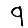
Digit: 9